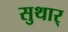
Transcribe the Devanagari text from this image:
सुथार्